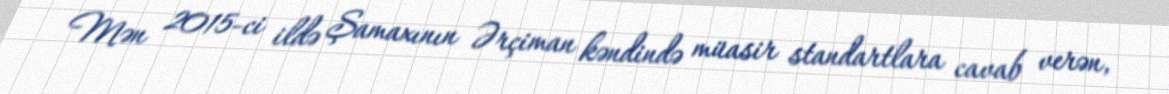
Mən 2015-ci ildə Şamaxının Ərçiman kəndində müasir standartlara cavab verən,